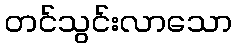
တင်သွင်းလာသော